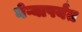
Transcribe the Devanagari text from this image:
नेऱ्यापर्यंत